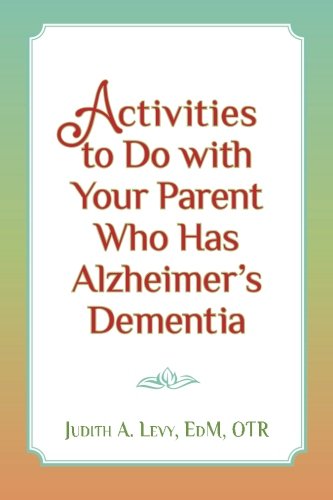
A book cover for Activities to do with Your Parent who has Alzheimer's Dementia; Judith A. Levy EdM OTR; Health, Fitness & Dieting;